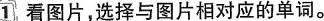
1看图片，选择与图片相对应的单词。